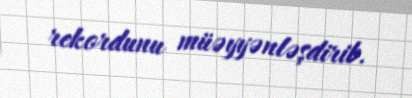
rekordunu müəyyənləşdirib.